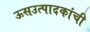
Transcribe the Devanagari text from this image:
ऊसउत्पादकांची